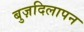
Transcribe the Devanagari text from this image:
बुज़दिलापन